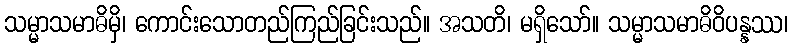
သမ္မာသမာဓိမှိ၊ ကောင်းသောတည်ကြည်ခြင်းသည်။ အသတိ၊ မရှိသော်။ သမ္မာသမာဓိဝိပန္နဿ၊